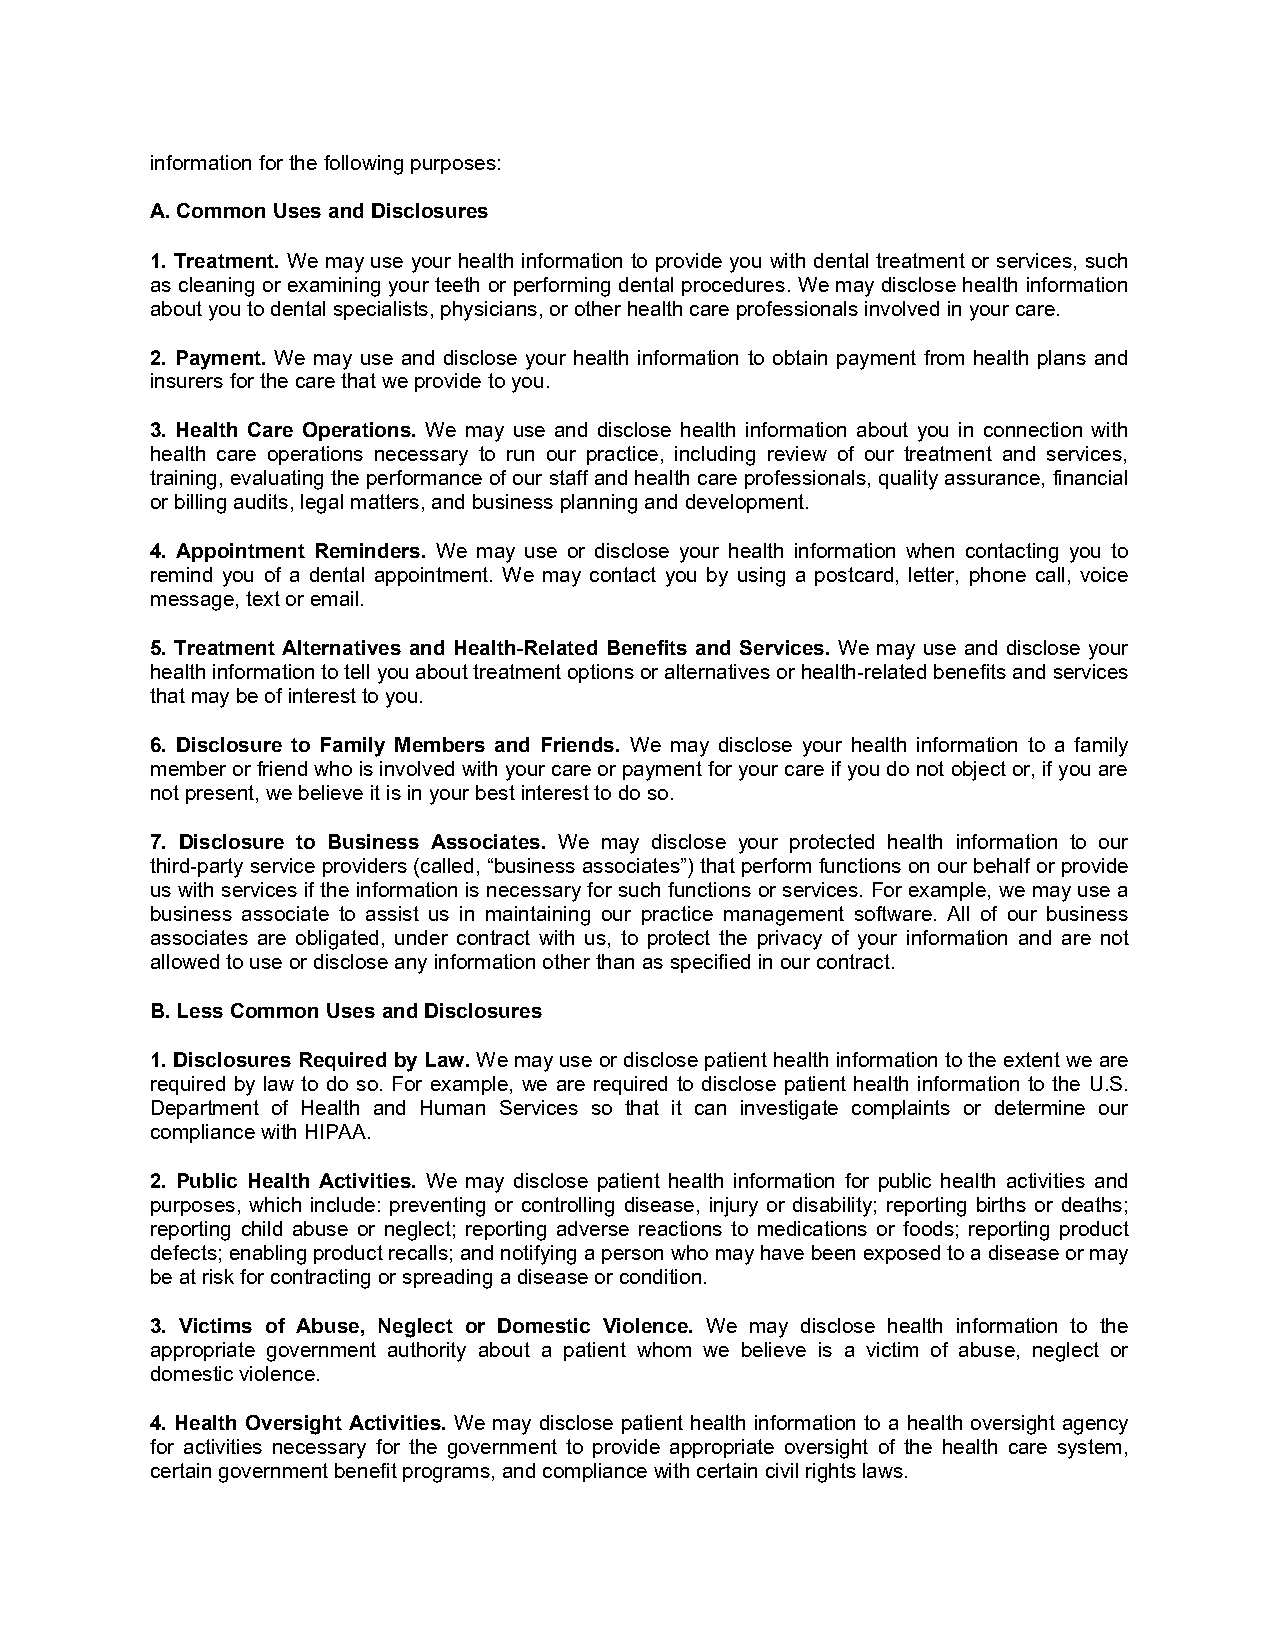
informationforthefollowingpurposes:
 A.CommonUsesandDisclosures
 1. Treatment. We may use your health information to provide you with dental treatment or services, such
 as cleaning or examining your teeth or performing dental procedures. Wemay disclosehealth information
 aboutyoutodentalspecialists,physicians,orotherhealthcareprofessionalsinvolvedinyourcare.
 2. Payment. We may use and disclose your health information to obtain payment from health plans and
 insurersforthecarethatweprovidetoyou.
 3. Health Care Operations. We may use and disclose health information about you in connection with
 health care operations necessary to run our practice, including review of our treatment and services,
 training,evaluatingtheperformanceofour staffandhealthcareprofessionals,qualityassurance, financial
 orbillingaudits,legalmatters,andbusinessplanninganddevelopment.
 4. Appointment Reminders. We may use or disclose your health information when contacting you to
 remind you of a dental appointment. We may contact you by using a postcard, letter, phone call, voice
 message,textoremail.
 5. Treatment Alternatives and Health-Related Benefits and Services. We may use and disclose your
 healthinformationtotellyouabouttreatmentoptionsoralternativesorhealth-relatedbenefitsandservices
 thatmaybeofinteresttoyou.
 6. Disclosure to Family Members and Friends. We may disclose your health information to a family
 memberorfriendwhoisinvolvedwithyourcareorpaymentforyourcareifyoudonot objector,if youare
 notpresent,webelieveitisinyourbestinteresttodoso.
 7. Disclosure to Business Associates. We may disclose your protected health information to our
 third-partyserviceproviders(called,“businessassociates”)that performfunctionsonourbehalf orprovide
 uswith services if the information is necessaryforsuchfunctions or services. Forexample, we mayusea
 business associate to assist us in maintaining our practice management software. All of our business
 associates are obligated, under contract with us, to protect the privacy of your information and are not
 allowedtouseordiscloseanyinformationotherthanasspecifiedinourcontract.
 B.LessCommonUsesandDisclosures
 1.DisclosuresRequiredbyLaw.Wemayuseordisclosepatienthealth informationtotheextent weare
 required by law to do so. For example, we are required to disclose patient health information to the U.S.
 Department of Health and Human Services so that it can investigate complaints or determine our
 compliancewithHIPAA.
 2. Public Health Activities. We may disclose patient health information for public health activities and
 purposes, which include: preventing or controlling disease, injury or disability; reporting births or deaths;
 reporting child abuse or neglect; reporting adverse reactions to medications or foods; reporting product
 defects;enablingproductrecalls;andnotifyingapersonwhomayhavebeenexposedtoadiseaseormay
 beatriskforcontractingorspreadingadiseaseorcondition.
 3. Victims of Abuse, Neglect or Domestic Violence. We may disclose health information to the
 appropriate government authority about a patient whom we believe is a victim of abuse, neglect or
 domesticviolence.
 4. Health Oversight Activities. We may disclose patient health information to a health oversight agency
 for activities necessary for the government to provide appropriate oversight of the health care system,
 certaingovernmentbenefitprograms,andcompliancewithcertaincivilrightslaws.